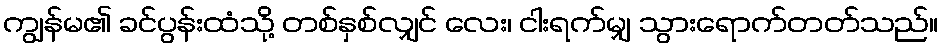
ကျွန်မ၏ ခင်ပွန်းထံသို့ တစ်နှစ်လျှင် လေး၊ ငါးရက်မျှ သွားရောက်တတ်သည်။